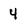
Character: 4